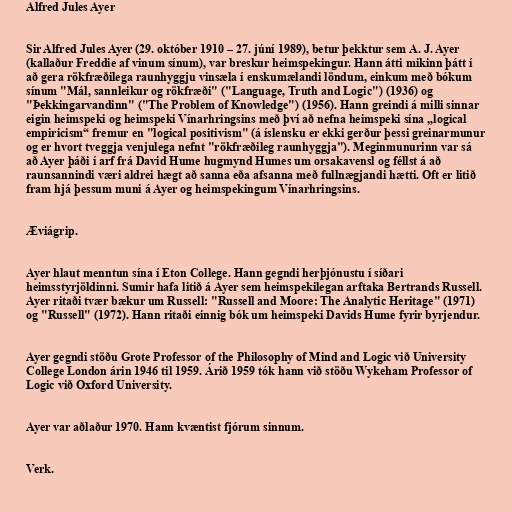
Alfred Jules Ayer

Sir Alfred Jules Ayer (29. október 1910 – 27. júní 1989), betur þekktur sem A. J. Ayer
(kallaður Freddie af vinum sínum), var breskur heimspekingur. Hann átti mikinn þátt í
að gera rökfræðilega raunhyggju vinsæla í enskumælandi löndum, einkum með bókum
sínum "Mál, sannleikur og rökfræði" ("Language, Truth and Logic") (1936) og
"Þekkingarvandinn" ("The Problem of Knowledge") (1956). Hann greindi á milli sinnar
eigin heimspeki og heimspeki Vínarhringsins með því að nefna heimspeki sína „logical
empiricism“ fremur en "logical positivism" (á íslensku er ekki gerður þessi greinarmunur
og er hvort tveggja venjulega nefnt "rökfræðileg raunhyggja"). Meginmunurinn var sá
að Ayer þáði í arf frá David Hume hugmynd Humes um orsakavensl og féllst á að
raunsannindi væri aldrei hægt að sanna eða afsanna með fullnægjandi hætti. Oft er litið
fram hjá þessum muni á Ayer og heimspekingum Vínarhringsins.

Æviágrip.

Ayer hlaut menntun sína í Eton College. Hann gegndi herþjónustu í síðari
heimsstyrjöldinni. Sumir hafa litið á Ayer sem heimspekilegan arftaka Bertrands Russell.
Ayer ritaði tvær bækur um Russell: "Russell and Moore: The Analytic Heritage" (1971)
og "Russell" (1972). Hann ritaði einnig bók um heimspeki Davids Hume fyrir byrjendur.

Ayer gegndi stöðu Grote Professor of the Philosophy of Mind and Logic við University
College London árin 1946 til 1959. Árið 1959 tók hann við stöðu Wykeham Professor of
Logic við Oxford University.

Ayer var aðlaður 1970. Hann kvæntist fjórum sinnum.

Verk.